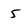
Character: 5